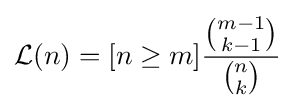
{\mathcal {L}}(n)=[n\geq m]{\frac {\binom {m-1}{k-1}}{\binom {n}{k}}}